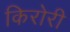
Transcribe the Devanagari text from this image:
किरोरी